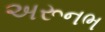
અરૂનભ